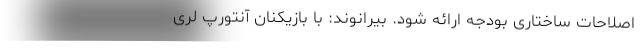
اصلاحات ساختاری بودجه ارائه شود. بیرانوند: با بازیکنان آنتورپ لُری